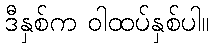
ဒီနှစ်က ဝါထပ်နှစ်ပါ။